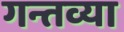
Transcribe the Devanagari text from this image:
गन्तव्या